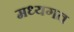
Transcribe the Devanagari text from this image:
मध्यगत